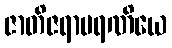
ဇာတိဇရာမရဏိယေ